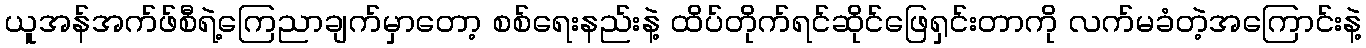
ယူအန်အက်ဖ်စီရဲ့ကြေညာချက်မှာတော့ စစ်ရေးနည်းနဲ့ ထိပ်တိုက်ရင်ဆိုင်ဖြေရှင်းတာကို လက်မခံတဲ့အကြောင်းနဲ့